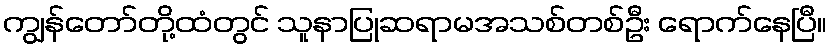
ကျွန်တော်တို့ထံတွင် သူနာပြုဆရာမအသစ်တစ်ဦး ရောက်နေပြီ။